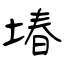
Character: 堾